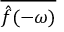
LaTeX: \overline { { { \hat { f } } ( - \omega ) } }